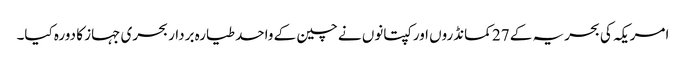
امریکہ کی بحریہ کے 27 کمانڈروں اور کپتانوں نے چین کے واحد طیارہ بردار بحری جہاز کا دورہ کیا۔